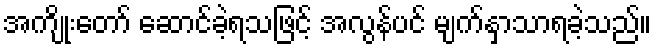
အကျိုးတော် ဆောင်ခဲ့ရသဖြင့် အလွန်ပင် မျက်နှာသာရခဲ့သည်။